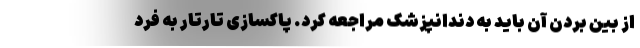
از بین بردن آن باید به دندانپزشک مراجعه کرد. پاکسازی تارتار به فرد